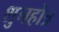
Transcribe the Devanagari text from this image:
शुनहोत्र